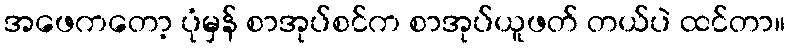
အဖေကတော့ ပုံမှန် စာအုပ်စင်က စာအုပ်ယူဖတ် တယ်ပဲ ထင်တာ။